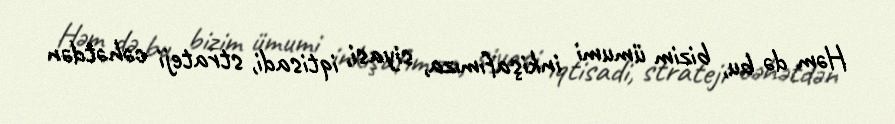
Həm də bu, bizim ümumi inkişafımıza, siyasi, iqtisadi, strateji cəhətdən